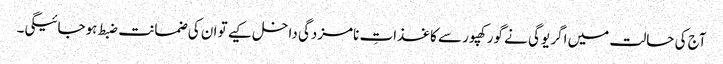
آج کی حالت میں اگر یوگی نے گورکھپور سے کاغذاتِ نامزدگی داخل کیے تو ان کی ضمانت ضبط ہوجائیگی۔